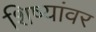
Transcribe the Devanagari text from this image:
शिष्यांवर